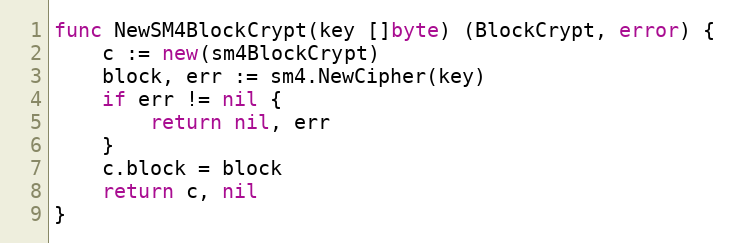
Language: Go
func NewSM4BlockCrypt(key []byte) (BlockCrypt, error) {
	c := new(sm4BlockCrypt)
	block, err := sm4.NewCipher(key)
	if err != nil {
		return nil, err
	}
	c.block = block
	return c, nil
}